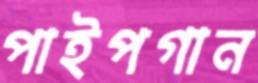
পাইপগান